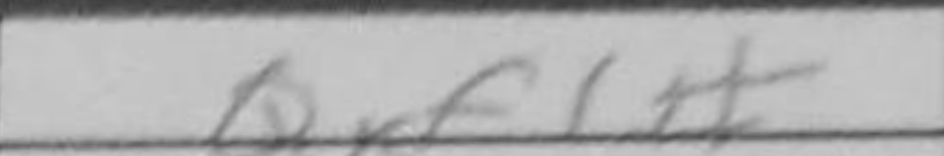
Transcription: Qxf1#